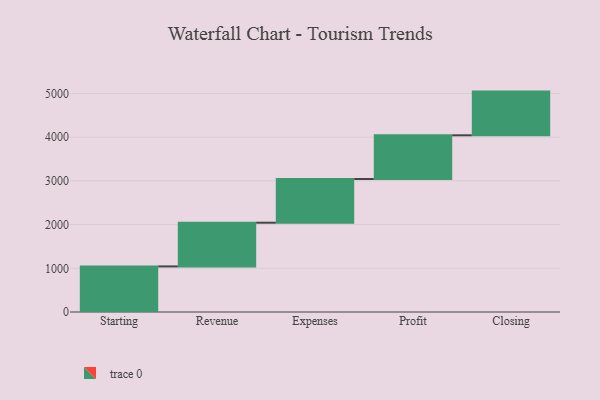
{"axis": {"x": "Step", "y": "Value"}, "legend": [""], "data": [{"x": "Starting", "y": 1043.0, "type": ""}, {"x": "Revenue", "y": 1000, "type": ""}, {"x": "Expenses", "y": 1000, "type": ""}, {"x": "Profit", "y": 1000, "type": ""}, {"x": "Closing", "y": 1000, "type": ""}]}